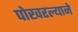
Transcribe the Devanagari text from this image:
पोखरल्याने